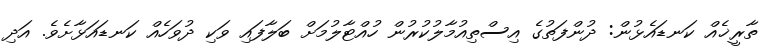
ތާރީޚެއް ކަނޑައެޅުން: ދުންފަތުގެ އިސްތިއުމާލުކުރުން ހުއްޓާލުމަށް ބަލާފައި ވަކި ދުވަހެއް ކަނޑައަޅާށެވެ. އަދި